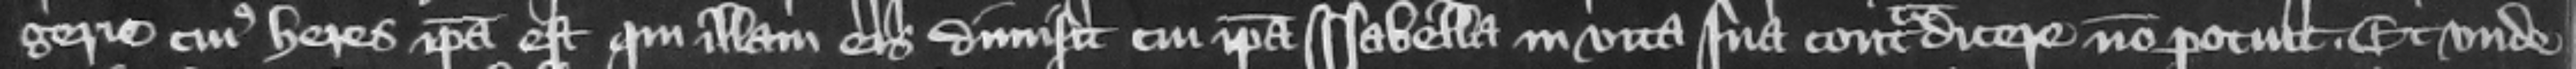
gerie cuius heres ipsa est qui illam eis dimisit cui ipsa Isabella in vita sua contradicere non potuit. Et vnde